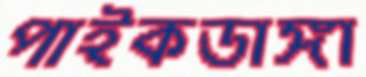
পাইকডাঙ্গা